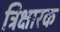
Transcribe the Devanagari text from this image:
त्रिक्षारक